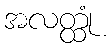
အလတ္ထုံ